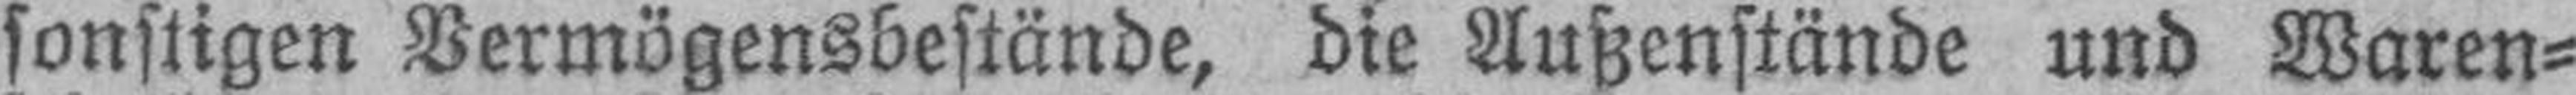
sonstigen Vermögensbestände, die Außenstände und Waren¬